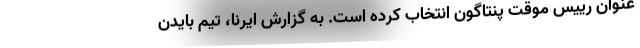
عنوان رییس موقت پنتاگون انتخاب کرده است. به گزارش ایرنا، تیم بایدن